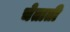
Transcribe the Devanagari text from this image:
चेताती